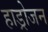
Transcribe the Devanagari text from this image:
हाड्रोजन